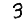
Digit: 3